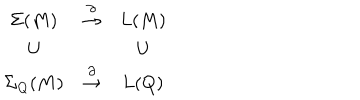
LaTeX: \begin{array} { c c c } { { \Sigma ( M ) } } & { { \stackrel { \partial } { \to } } } & { { L ( M ) } } \\ { { \cup } } & { { } } & { { \cup } } \\ { { \Sigma _ { Q } ( M ) } } & { { \stackrel { \partial } { \to } } } & { { L ( Q ) } } \\ \end{array}